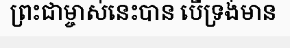
ព្រះជាម្ចាស់នេះបាន បើទ្រង់មាន